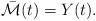
LaTeX: \begin{align*}\bar{\mathcal{M}}(t)=Y(t).\end{align*}